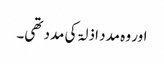
اور وہ مدد اذلۃ کی مدد تھی۔